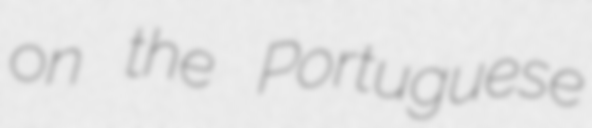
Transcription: on the Portuguese